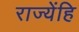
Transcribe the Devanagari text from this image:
राज्येंहि